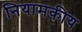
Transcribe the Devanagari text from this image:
नियामकीय